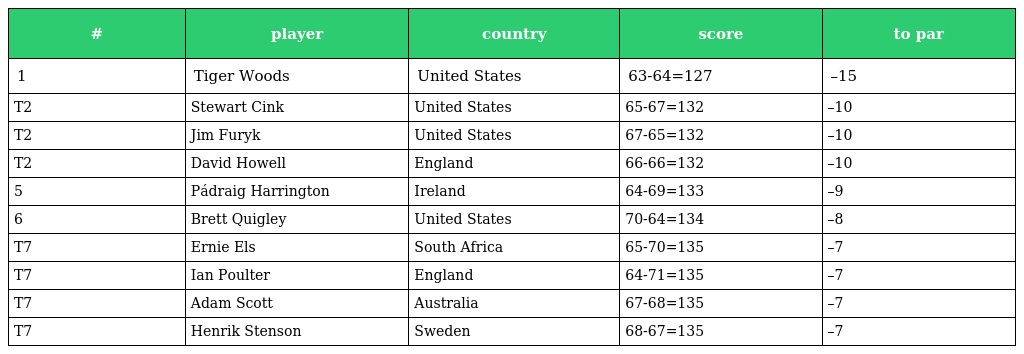
| # | player | country | score | to par |
 | --- | --- | --- | --- | --- |
 | 1 | Tiger Woods | United States | 63-64=127 | –15 |
 | T2 | Stewart Cink | United States | 65-67=132 | –10 |
 | T2 | Jim Furyk | United States | 67-65=132 | –10 |
 | T2 | David Howell | England | 66-66=132 | –10 |
 | 5 | Pádraig Harrington | Ireland | 64-69=133 | –9 |
 | 6 | Brett Quigley | United States | 70-64=134 | –8 |
 | T7 | Ernie Els | South Africa | 65-70=135 | –7 |
 | T7 | Ian Poulter | England | 64-71=135 | –7 |
 | T7 | Adam Scott | Australia | 67-68=135 | –7 |
 | T7 | Henrik Stenson | Sweden | 68-67=135 | –7 |